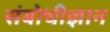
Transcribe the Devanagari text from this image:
संबोधीज्ञान